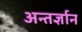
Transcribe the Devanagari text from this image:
अन्तर्ज्ञान